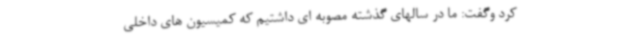
کرد وگفت: ما در سالهای گذشته مصوبه ای داشتیم که کمیسیون های داخلی